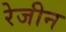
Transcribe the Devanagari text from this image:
रेजीन